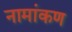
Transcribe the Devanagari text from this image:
नामांकण